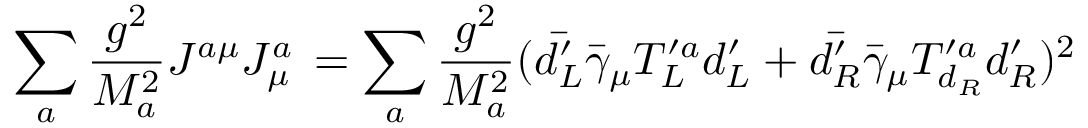
\sum _ { a } { \frac { g ^ { 2 } } { M _ { a } ^ { 2 } } } J ^ { a \mu } J _ { \mu } ^ { a } \, = \sum _ { a } { \frac { g ^ { 2 } } { M _ { a } ^ { 2 } } } ( \bar { d _ { L } ^ { \prime } } \bar { \gamma } _ { \mu } T _ { L } ^ { \prime a } d _ { L } ^ { \prime } + \bar { d _ { R } ^ { \prime } } \bar { \gamma } _ { \mu } T _ { d _ { R } } ^ { \prime a } d _ { R } ^ { \prime } ) ^ { 2 }